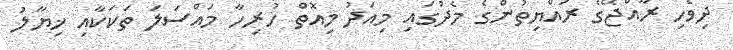
ދިވެހި ރާއްޖޭގެ ރައްޔިތުންގެ މެދުގައި މިއަދު މިއޮތް ހުރިހާ މައްސަލަ ތަކަކާއި ޚިޔާލު